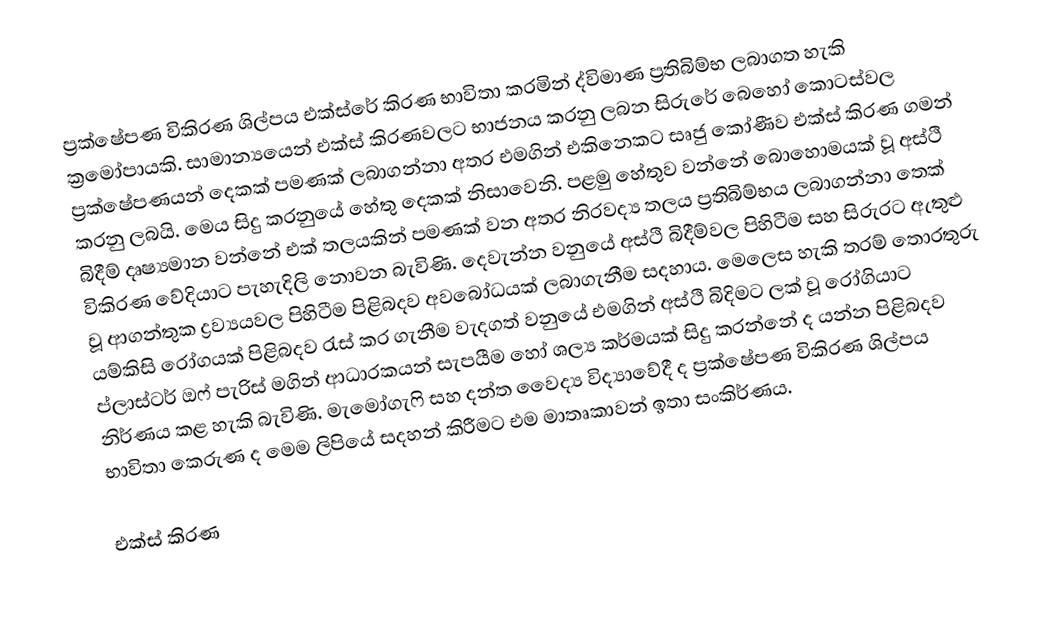
ප්‍රක්ෂේපණ විකිරණ ශිල්පය එක්ස්රේ කිරණ භාවිතා කරමින් ද්විමාණ ප්‍රතිබිම්භ ලබාගත හැකි ක්‍රමෝපායකි. සාමාන්‍යයෙන් එක්ස් කිරණවලට භාජනය කරනු ලබන සිරුරේ බෙහෝ කොටස්වල ප්‍රක්ෂේපණයන් දෙකක් පමණක් ලබාගන්නා අතර එමගින් එකිනෙකට සෘජු කෝණීව එක්ස් කිරණ ගමන් කරනු ලබයි. මෙය සිදු කරනුයේ හේතු දෙකක් නිසාවෙනි. පළමු හේතුව වන්නේ බොහොමයක් වූ අස්ථි බිදීම් දෘෂ්‍යමාන වන්නේ එක් තලයකින් පමණක් වන අතර නිරවද්‍ය තලය ප්‍රතිබිම්භය ලබාගන්නා තෙක් විකිරණ වේදියාට පැහැදිලි නොවන බැවිණි. දෙවැන්න වනුයේ අස්ථි බිදීම්වල පිහිටීම සහ සිරුරට ඇතුළු වූ ආගන්තුක ද්‍රව්‍යයවල පිහිටීම පිළිබදව අවබෝධයක් ලබාගැනීම සදහාය. මෙලෙස හැකි තරම් තොරතුරු යම්කිසි රෝගයක් පිළිබදව රැස් කර ගැනීම වැදගත් වනුයේ එමගින් අස්ථි බිදිමට ලක් වූ රෝගියාට ප්ලාස්ටර් ඔෆ් පැරිස් මගින් ආධාරකයන් සැපයීම හෝ ශල්‍ය කර්මයක් සිදු කරන්නේ ද යන්න පිළිබදව නිර්ණය කළ හැකි බැවිණි. මැමෝගැෆි සහ දන්ත වෛද්‍ය විද්‍යාවේදී ද ප්‍රක්ෂේපණ විකිරණ ශිල්පය භාවිතා කෙරුණ ද මෙම ලිපියේ සදහන් කිරීමට එම මාතෘකාවන් ඉතා සංකිර්ණය.

එක්ස් කිරණ